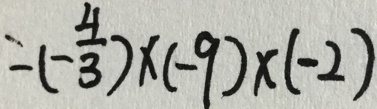
= ( - \frac { 4 } { 3 } ) \times ( - 9 ) \times ( - 2 )